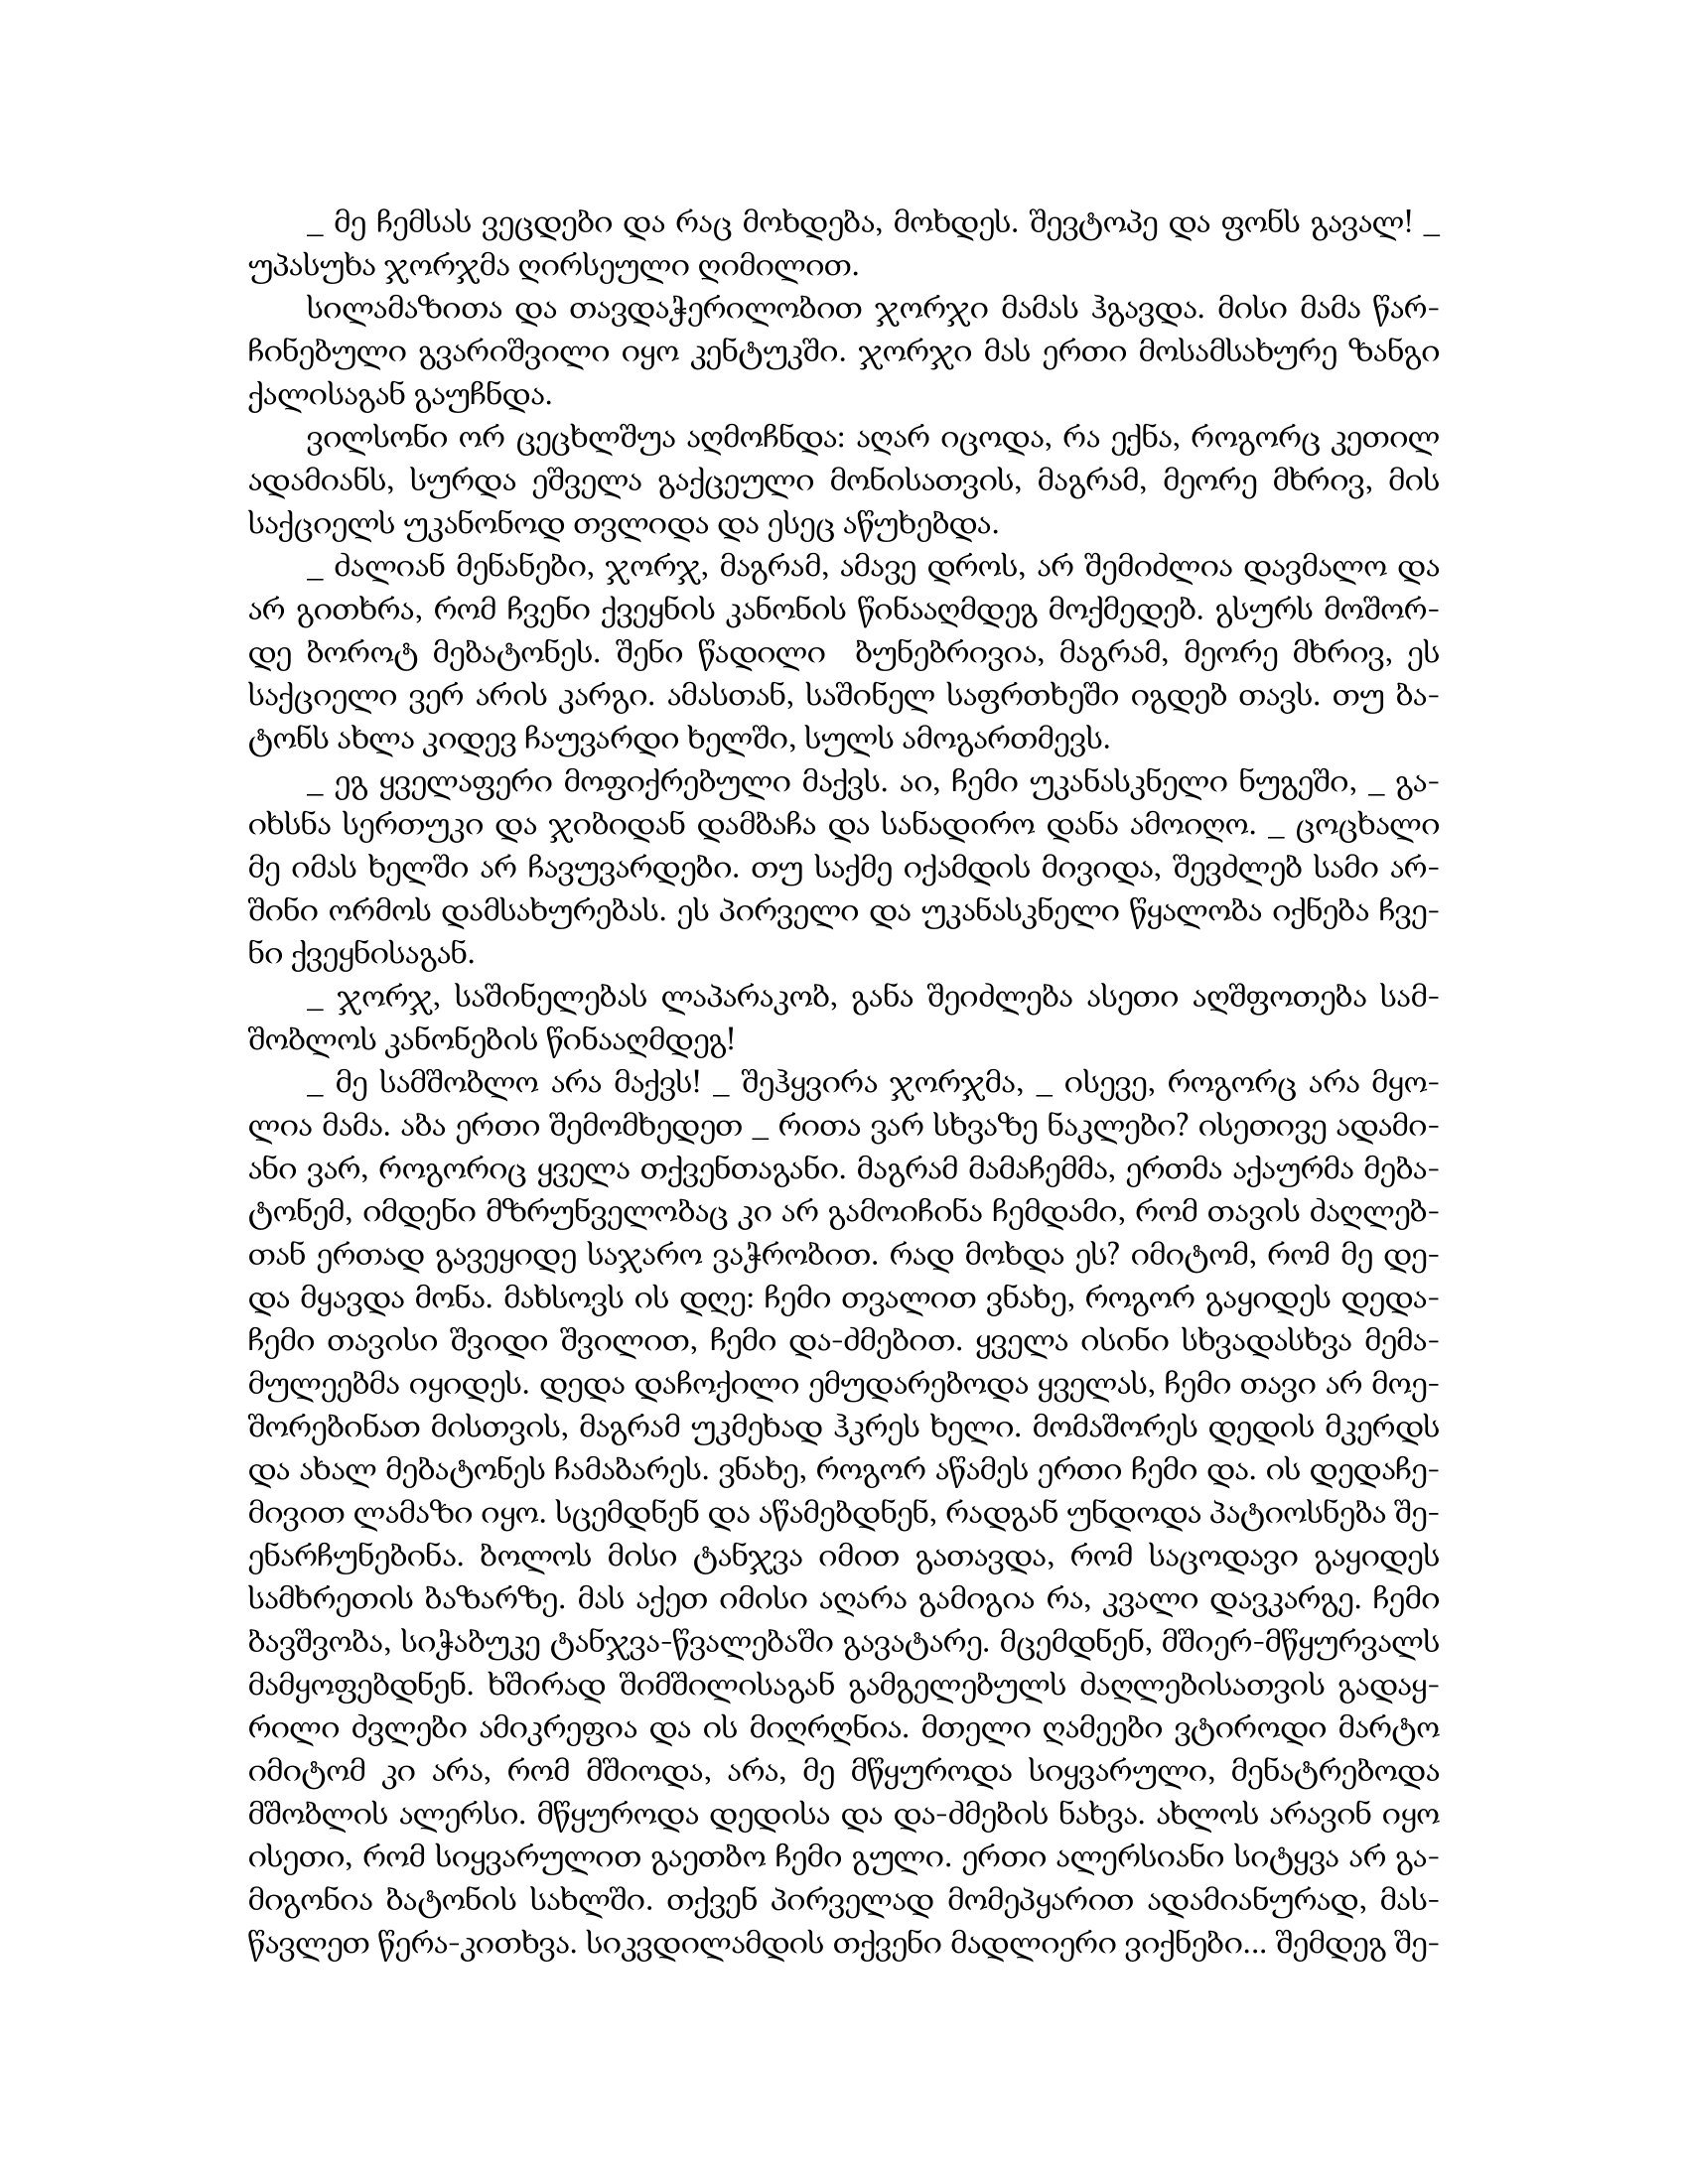
Language: gr